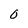
Character: 0